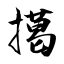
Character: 擖